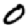
Digit: 0